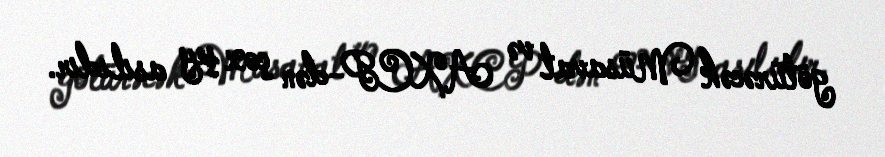
götürəcək Müsavat və AXCP-dən çox şey asılıdır.